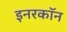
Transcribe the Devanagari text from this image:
इनरकॉन